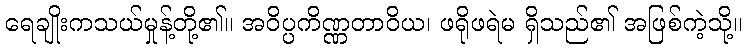
ရေချိုးကသယ်မှုန့်တို့၏။ အဝိပ္ပကိဏ္ဏတာဝိယ၊ ဖရိုဖရဲမ ရှိသည်၏ အဖြစ်ကဲ့သို့။